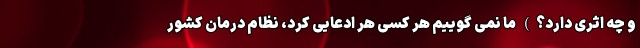
و چه اثری دارد؟) ما نمی گوییم هر کسی هر ادعایی کرد، نظام درمان کشور